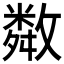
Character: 𢿻